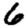
Digit: 6